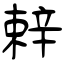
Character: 辢